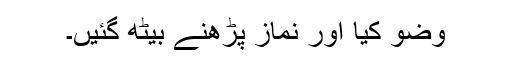
وضو کیا اور نماز پڑھنے بیٹھ گئیں۔